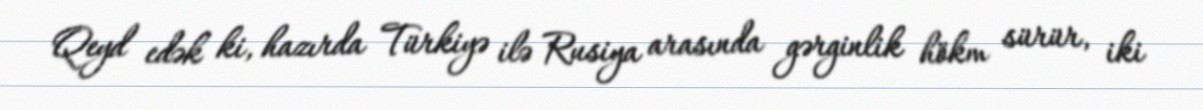
Qeyd edək ki, hazırda Türkiyə ilə Rusiya arasında gərginlik hökm sürür, iki